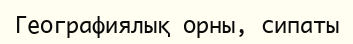
Географиялық орны, сипаты